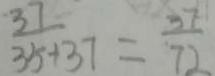
\frac { 3 7 } { 3 5 + 3 7 } = \frac { 3 7 } { 7 2 }